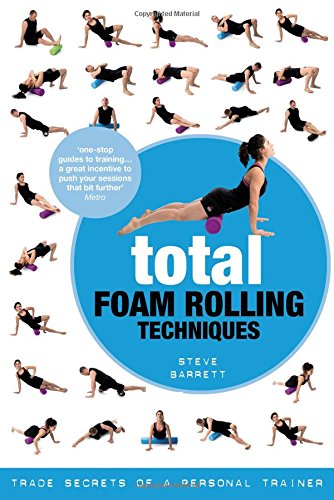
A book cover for Total Foam Rolling Techniques: Trade Secrets of a Personal Trainer; Steve Barrett; Health, Fitness & Dieting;